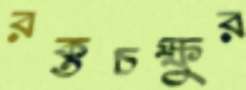
রক্তচক্ষুর